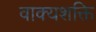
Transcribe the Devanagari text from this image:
वाक्यशक्ति